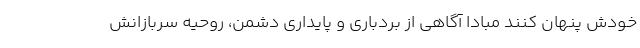
خودش پنهان کنند مبادا آگاهی از بردباری و پایداری دشمن، روحیه سربازانش